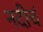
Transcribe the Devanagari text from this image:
नदीचं